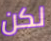
لكن